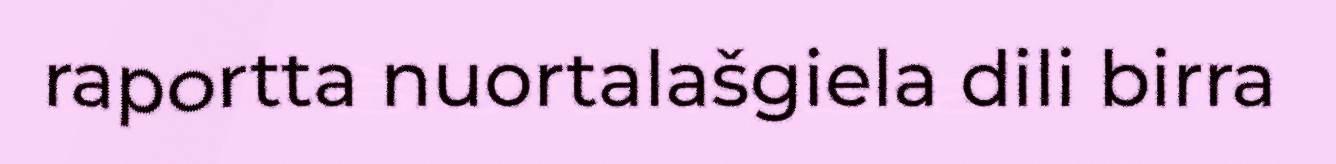
raportta nuortalašgiela dili birra